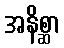
အနိစ္ဆာ